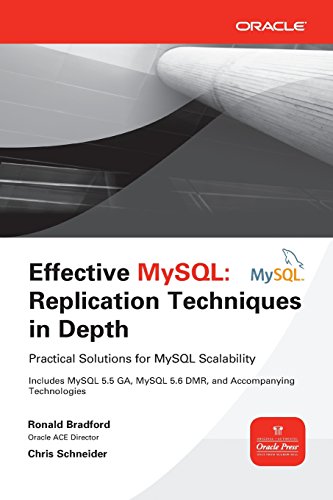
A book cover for Effective MySQL Replication Techniques in Depth; Ronald Bradford; Computers & Technology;